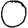
Digit: 0